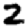
Digit: 2